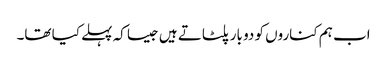
اب ہم کناروں کو دو بار پلٹاتے ہیں جیسا کہ پہلے کیا تھا۔